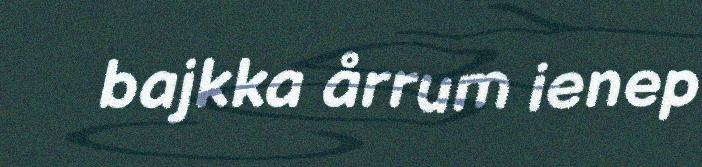
bajkka årrum ienep